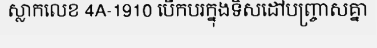
ស្លាកលេខ 4A-1910 បើកបរក្នុងទិសដៅបញ្ច្រាសគ្នា